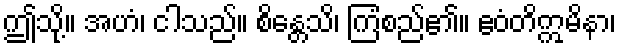
ဤသို့။ အဟံ၊ ငါသည်။ စိန္တေသိ၊ ကြံစည်၏။ ဧဝံတိဣမိနာ၊